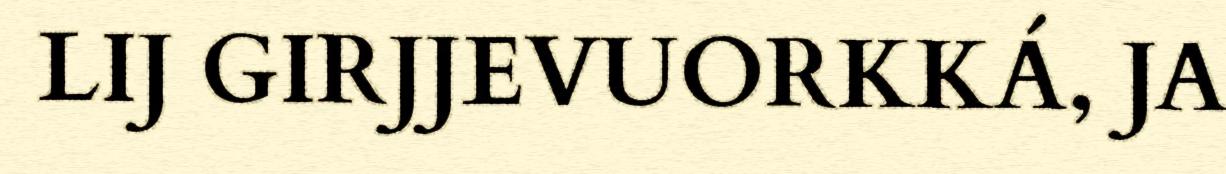
LIJ GIRJJEVUORKKÁ, JA